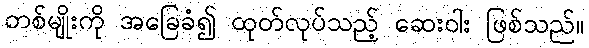
တစ်မျိုးကို အခြေခံ၍ ထုတ်လုပ်သည့် ဆေးဝါး ဖြစ်သည်။